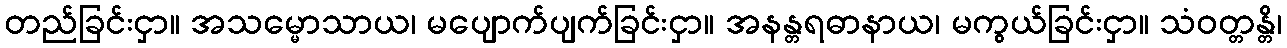
တည်ခြင်းငှာ။ အသမ္မောသာယ၊ မပျောက်ပျက်ခြင်းငှာ။ အနန္တရဓာနာယ၊ မကွယ်ခြင်းငှာ။ သံဝတ္တန္တိ၊